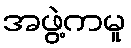
အဖွဲ့ကမူ